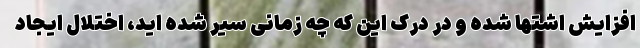
افزایش اشتها شده و در درک این که چه زمانی سیر شده اید، اختلال ایجاد